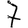
Digit: 7